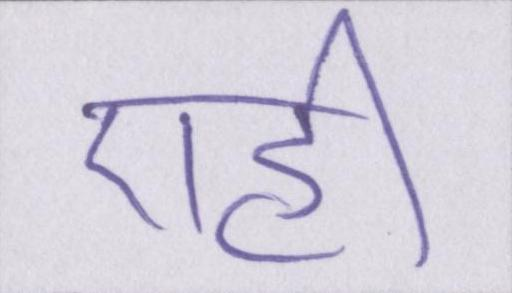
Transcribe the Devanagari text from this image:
एही